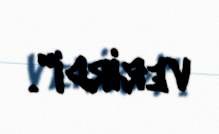
verirdi".